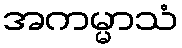
အကမ္မာသံ